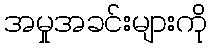
အမှုအခင်းများကို